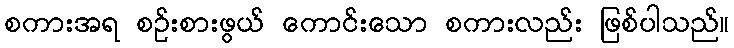
စကားအရ စဉ်းစားဖွယ် ကောင်းသော စကားလည်း ဖြစ်ပါသည်။